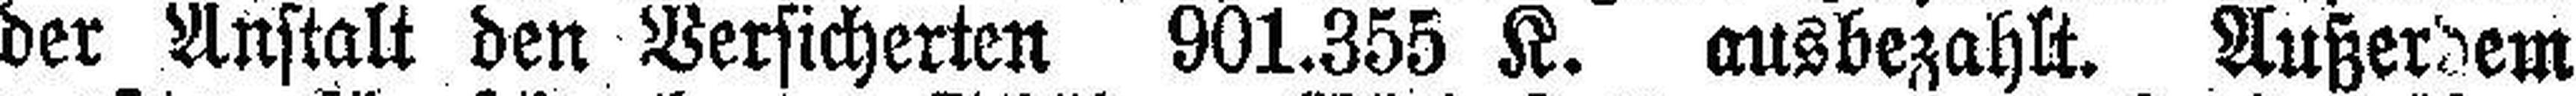
der Anstalt den Versicherten 901.355 K. ausbezahlt. Außerdem